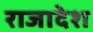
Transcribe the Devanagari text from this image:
राजादेश